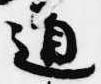
道